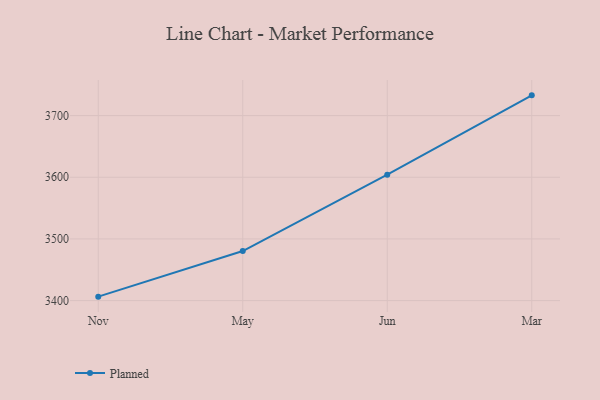
{"axis": {"x": "Month", "y": "Churn Rate (%)"}, "legend": ["Planned"], "data": [{"x": "Nov", "y": 3406.4, "type": "Planned"}, {"x": "May", "y": 3480.3, "type": "Planned"}, {"x": "Jun", "y": 3604.1, "type": "Planned"}, {"x": "Mar", "y": 3732.8, "type": "Planned"}]}